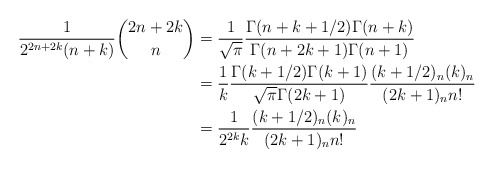
\begin{align*}\frac{1}{2^{2n+2k}(n+k)}\binom{2n+2k}{n} &= \frac{1}{\sqrt{\pi}}\frac{\Gamma(n+k+1/2)\Gamma(n+k)}{\Gamma(n+2k+1)\Gamma(n+1)}\\& = \frac{1}{k}\frac{\Gamma(k+1/2)\Gamma(k+1)}{\sqrt{\pi}\Gamma(2k+1)} \frac{(k+1/2)_n(k)_n}{(2k+1)_nn!}\\& = \frac{1}{2^{2k}k} \frac{(k+1/2)_n(k)_n}{(2k+1)_nn!}\end{align*}